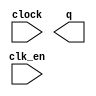
// megafunction wizard: %LPM_COUNTER%VBB%
// GENERATION: STANDARD
// VERSION: WM1.0
// MODULE: LPM_COUNTER 

// ============================================================
// Megafunction Name(s):
// 			LPM_COUNTER
//
// Simulation Library Files(s):
// 			lpm
// ============================================================
// ************************************************************
// THIS IS A WIZARD-GENERATED FILE. DO NOT EDIT THIS FILE!
//
// 13.1.0 Build 162 10/23/2013 SJ Full Version
// ************************************************************

//Copyright (C) 1991-2013 Altera Corporation
//Your use of Altera Corporation's design tools, logic functions 
//and other software and tools, and its AMPP partner logic 
//functions, and any output files from any of the foregoing 
//(including device programming or simulation files), and any 
//associated documentation or information are expressly subject 
//to the terms and conditions of the Altera Program License 
//Subscription Agreement, Altera MegaCore Function License 
//Agreement, or other applicable license agreement, including, 
//without limitation, that your use is for the sole purpose of 
//programming logic devices manufactured by Altera and sold by 
//Altera or its authorized distributors.  Please refer to the 
//applicable agreement for further details.

module lpm_counter03764 (
	clk_en,
	clock,
	q);

	input	  clk_en;
	input	  clock;
	output	[19:0]  q;

endmodule

// ============================================================
// CNX file retrieval info
// ============================================================
// Retrieval info: PRIVATE: ACLR NUMERIC "0"
// Retrieval info: PRIVATE: ALOAD NUMERIC "0"
// Retrieval info: PRIVATE: ASET NUMERIC "0"
// Retrieval info: PRIVATE: ASET_ALL1 NUMERIC "1"
// Retrieval info: PRIVATE: CLK_EN NUMERIC "1"
// Retrieval info: PRIVATE: CNT_EN NUMERIC "0"
// Retrieval info: PRIVATE: CarryIn NUMERIC "0"
// Retrieval info: PRIVATE: CarryOut NUMERIC "0"
// Retrieval info: PRIVATE: Direction NUMERIC "0"
// Retrieval info: PRIVATE: INTENDED_DEVICE_FAMILY STRING "Cyclone V"
// Retrieval info: PRIVATE: ModulusCounter NUMERIC "0"
// Retrieval info: PRIVATE: ModulusValue NUMERIC "0"
// Retrieval info: PRIVATE: SCLR NUMERIC "0"
// Retrieval info: PRIVATE: SLOAD NUMERIC "0"
// Retrieval info: PRIVATE: SSET NUMERIC "0"
// Retrieval info: PRIVATE: SSET_ALL1 NUMERIC "1"
// Retrieval info: PRIVATE: SYNTH_WRAPPER_GEN_POSTFIX STRING "0"
// Retrieval info: PRIVATE: nBit NUMERIC "20"
// Retrieval info: PRIVATE: new_diagram STRING "1"
// Retrieval info: LIBRARY: lpm lpm.lpm_components.all
// Retrieval info: CONSTANT: LPM_DIRECTION STRING "UP"
// Retrieval info: CONSTANT: LPM_PORT_UPDOWN STRING "PORT_UNUSED"
// Retrieval info: CONSTANT: LPM_TYPE STRING "LPM_COUNTER"
// Retrieval info: CONSTANT: LPM_WIDTH NUMERIC "20"
// Retrieval info: USED_PORT: clk_en 0 0 0 0 INPUT NODEFVAL "clk_en"
// Retrieval info: USED_PORT: clock 0 0 0 0 INPUT NODEFVAL "clock"
// Retrieval info: USED_PORT: q 0 0 20 0 OUTPUT NODEFVAL "q[19..0]"
// Retrieval info: CONNECT: @clk_en 0 0 0 0 clk_en 0 0 0 0
// Retrieval info: CONNECT: @clock 0 0 0 0 clock 0 0 0 0
// Retrieval info: CONNECT: q 0 0 20 0 @q 0 0 20 0
// Retrieval info: GEN_FILE: TYPE_NORMAL lpm_counter03764.v TRUE
// Retrieval info: GEN_FILE: TYPE_NORMAL lpm_counter03764.inc FALSE
// Retrieval info: GEN_FILE: TYPE_NORMAL lpm_counter03764.cmp FALSE
// Retrieval info: GEN_FILE: TYPE_NORMAL lpm_counter03764.bsf TRUE
// Retrieval info: GEN_FILE: TYPE_NORMAL lpm_counter03764_inst.v FALSE
// Retrieval info: GEN_FILE: TYPE_NORMAL lpm_counter03764_bb.v TRUE
// Retrieval info: LIB_FILE: lpm